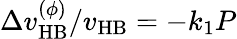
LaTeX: \Delta v_{\mathrm{HB}}^{(\phi)}/v_{\mathrm{HB}}=-k_{1}P